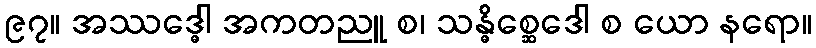
၉၇။ အဿဒ္ဓေါ အကတညူ စ၊ သန္ဓိစ္ဆေဒေါ စ ယော နရော။